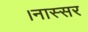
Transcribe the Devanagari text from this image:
।नास्सर